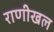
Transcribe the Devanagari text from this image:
राणीखल